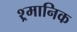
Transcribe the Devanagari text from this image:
श्र्मानिक